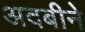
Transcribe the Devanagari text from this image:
अदबीने